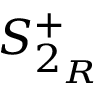
S _ { 2 _ { R } } ^ { + }